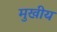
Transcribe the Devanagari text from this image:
मुखीय